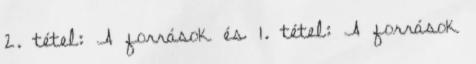
2. tétel: A források és 1. tétel: A források